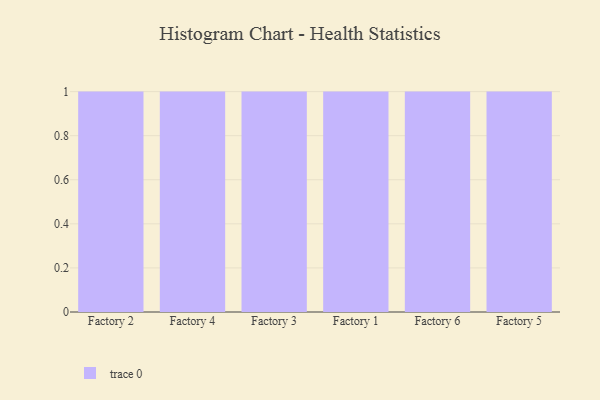
{"axis": {"x": "Factory", "y": "Gross Profit (USD K)"}, "legend": [""], "data": [{"x": "Factory 2", "y": 67, "type": ""}, {"x": "Factory 4", "y": 74, "type": ""}, {"x": "Factory 3", "y": 84, "type": ""}, {"x": "Factory 1", "y": 51, "type": ""}, {"x": "Factory 6", "y": 32, "type": ""}, {"x": "Factory 5", "y": 51, "type": ""}]}